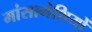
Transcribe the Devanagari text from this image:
मांसामेशियों